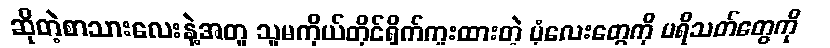
ဆိုတဲ့စာသားလေးနဲ့အတူ သူမကိုယ်တိုင်ရိုက်ကူးထားတဲ့ ပုံလေးတွေကို ပရိသတ်တွေကို